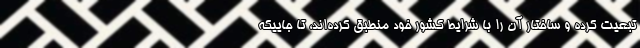
تبعیت کرده و ساختار آن را با شرایط کشور خود منطبق کرده‌اند، تا جاییکه